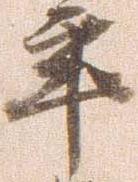
年